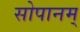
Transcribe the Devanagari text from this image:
सोपानम्